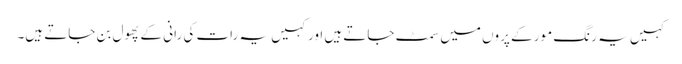
کہیں یہ رنگ مور کے پروں میں سمٹ جاتے ہیں اور کہیں یہ رات کی رانی کے پھول بن جاتے ہیں۔